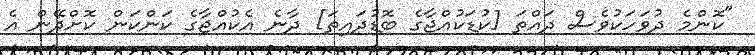
"ކޮންމެ ދުވަހަކުވެސް ދައްތަ [ކުޑަކުއްޖާގެ ބޮޑުދައިތަ] ދާނެ އެކުއްޖާގެ ކަންކަން ކޮށްދޭން އެ